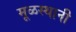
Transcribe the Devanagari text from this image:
मूळस्थानी